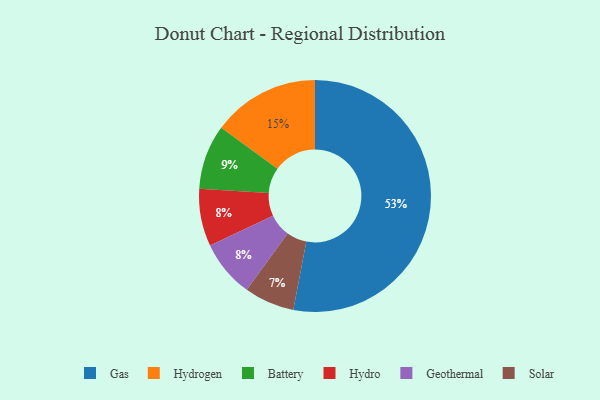
{"axis": {"x": "Category", "y": "Percentage"}, "legend": ["Battery", "Gas", "Geothermal", "Hydro", "Hydrogen", "Solar"], "data": [{"x": "Hydro", "y": 8, "type": "Hydro"}, {"x": "Solar", "y": 7, "type": "Solar"}, {"x": "Gas", "y": 53, "type": "Gas"}, {"x": "Geothermal", "y": 8, "type": "Geothermal"}, {"x": "Battery", "y": 9, "type": "Battery"}, {"x": "Hydrogen", "y": 15, "type": "Hydrogen"}]}